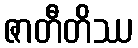
ဇာတီတိဿ